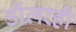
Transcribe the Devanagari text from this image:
डॉलरही